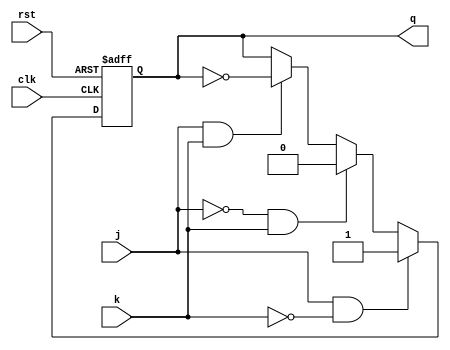
module jkff_async_rst(j, k, clk, rst, q);
    input j;
    input k;
    input clk;
    input rst;
    output reg q;

    always @ (posedge clk or negedge rst)begin
        if(!rst) q <= 0;
        else if(j == 1'b1 && k == 1'b0) q <= 1'b1;
        else if(j == 1'b0 && k == 1'b1) q <= 1'b0;
        else if(j == 1'b1 && k == 1'b1) q <= ~q;
        else q <= q;
    end
endmodule